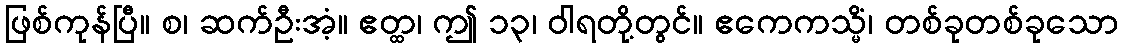
ဖြစ်ကုန်ပြီ။ စ၊ ဆက်ဦးအံ့။ ဧတ္ထ၊ ဤ ၁၃၊ ဝါရတို့တွင်။ ဧကေကသ္မိံ၊ တစ်ခုတစ်ခုသော